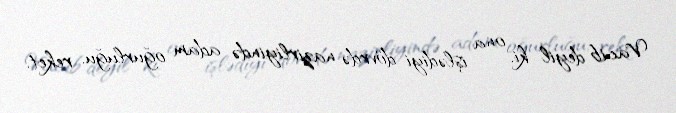
Vacib deyil ki, ona işlədiyi dövrdə nazirliyində adam oğurluğu, reket,